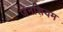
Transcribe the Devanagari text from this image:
जेनशियम